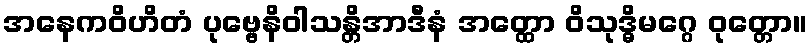
အနေကဝိဟိတံ ပုဗ္ဗေနိဝါသန္တိအာဒီနံ အတ္ထော ဝိသုဒ္ဓိမဂ္ဂေ ဝုတ္တော။